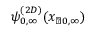
\psi _ { 0 , \infty } ^ { ( 2 D ) } ( x _ { \perp 0 , \infty } )